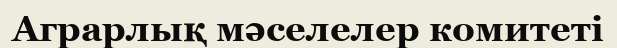
Аграрлық мәселелер комитеті